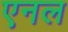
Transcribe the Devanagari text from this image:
एनल